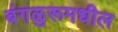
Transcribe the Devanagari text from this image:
बंगळुरूमधील